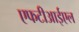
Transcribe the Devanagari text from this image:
एफटीआईएल